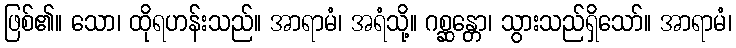
ဖြစ်၏။ သော၊ ထိုရဟန်းသည်။ အာရာမံ၊ အရံသို့။ ဂစ္ဆန္တော၊ သွားသည်ရှိသော်။ အာရာမံ၊